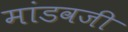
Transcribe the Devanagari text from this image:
मांडवजी